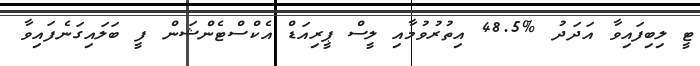
ޓީ ލިބިފައިވާ އަދަދު %48.5 އިތުރުވުމާއި ލީސް ޕީރިއަޑް އެކްސްޓެންޝަން ފީ ބަލައިގަނެފައިވާ